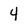
Character: 4